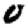
Digit: 0